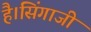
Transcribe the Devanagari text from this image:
है।सिंगाजी